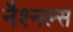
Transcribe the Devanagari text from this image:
नैश्नल्स